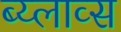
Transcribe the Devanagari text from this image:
ब्य्लाव्स